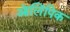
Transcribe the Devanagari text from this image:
ऒलिंपिक